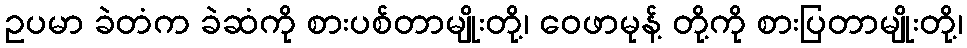
ဥပမာ ခဲတံက ခဲဆံကို စားပစ်တာမျိုးတို့၊ ဝေဖာမုန့် တို့ကို စားပြတာမျိုးတို့၊